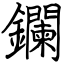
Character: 鑭